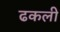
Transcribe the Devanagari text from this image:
ढकली